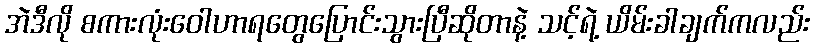
အဲဒီလို စကားလုံးဝေါဟာရတွေပြောင်းသွားပြီဆိုတာနဲ့ သင့်ရဲ့ ယိမ်းခါချက်ကလည်း